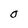
Character: O